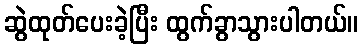
ဆွဲထုတ်ပေးခဲ့ပြီး ထွက်ခွာသွားပါတယ်။